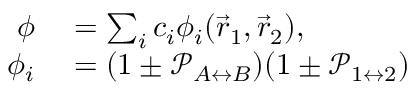
\begin{array} { r l } { \phi } & { { } = \sum _ { i } c _ { i } \phi _ { i } ( \vec { r } _ { 1 } , \vec { r } _ { 2 } ) , } \\ { \phi _ { i } } & { { } = ( 1 \pm \mathcal { P } _ { A \leftrightarrow B } ) ( 1 \pm \mathcal { P } _ { 1 \leftrightarrow 2 } ) } \end{array}